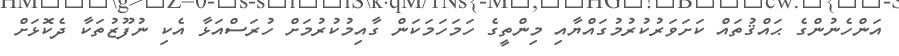
އަންހެނުންގެ ޙައްޤުތައް ކަށަވަރުކުރުމުގައްޔާއި މިންތީގެ ހަމަހަމަކަން ގާއިމުކުރުމަށް ހުރަސްއަޅާ އެކި ނުފޫޒުތަކާ ދެކޮޅަށް